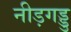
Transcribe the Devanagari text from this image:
नीड़गड्डु